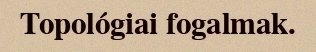
Topológiai fogalmak.